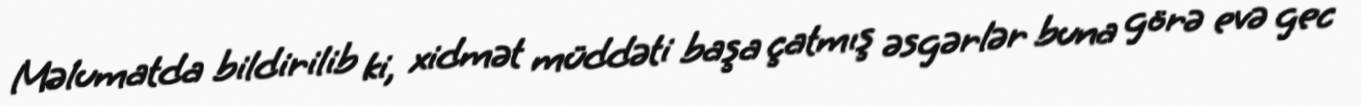
Məlumatda bildirilib ki, xidmət müddəti başa çatmış əsgərlər buna görə evə gec